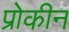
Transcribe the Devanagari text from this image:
प्रोकीन